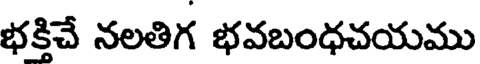
భక్తిచే నలతిగ భవబంధచయము